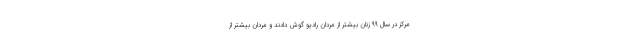
مرکز در سال ۹۹ زنان بیشتر از مردان رادیو گوش دادند و مردان بیشتر از